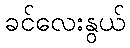
ခင်လေးနွယ်